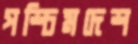
পশ্চিমদেশ